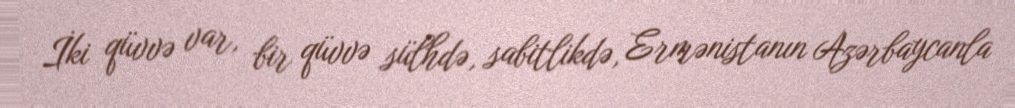
İki qüvvə var, bir qüvvə sülhdə, sabitlikdə, Ermənistanın Azərbaycanla